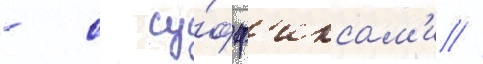
- с су́фф'иксам'и //